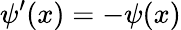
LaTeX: \psi^{\prime}(x)=-\psi(x)